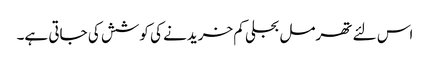
اس لئے تھرمل بجلی کم خریدنے کی کوشش کی جاتی ہے۔